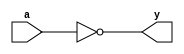
module _inv(a,y); //inverter gate
  input a;
  output y;
  assign y=~a; //NOT operation
endmodule


module _nand2(a,b,y); //2-to-1 NAND gate
  input a,b;
  output y;
  assign y=~(a&b); //NAND operation
endmodule


module _and2(a,b,y); //2-to-1 AND gate
  input a,b;
  output y;
  assign y=a&b; //AND operation
endmodule


module _or2(a,b,y); //2-to-1 OR gate
  input a,b;
  output y;
  assign y=a|b; //OR operation
endmodule


module _xor2(a,b,y); //2-to-1 XOR gate
  input a,b;
  output y;
  wire inv_a, inv_b;
  wire w0, w1;
  
  _inv U0_inv(.a(a), .y(inv_a)); //inverter module instance
  _inv U1_inv(.a(b), .y(inv_b));
  
  _and2 U2_and(.a(inv_a), .b(b), .y(w0)); //AND module instance
  _and2 U3_and(.a(a), .b(inv_b), .y(w1));
  
  _or2 U4_or(.a(w0), .b(w1), .y(y)); //OR module instance
endmodule


module _and3(a,b,c,y); //3-to-1 AND gate
  input a,b,c;
  output y;
  assign y=a&b&c; //AND operation
endmodule


module _and4(a,b,c,d,y); //4-to-1 AND gate
  input a,b,c,d;
  output y;
  assign y=a&b&c&d; //AND operation
endmodule


module _and5(a,b,c,d,e,y); //5-to-1 AND gate
  input a,b,c,d,e;
  output y;
  assign y=a&b&c&d&e; //AND operation
endmodule


module _or3(a,b,c,y); //3-to-1 OR gate
  input a,b,c;
  output y;
  assign y=a|b|c; //OR operation
endmodule


module _or4(a,b,c,d,y); //4-to-1 OR gate
  input a,b,c,d;
  output y;
  assign y=a|b|c|d; //OR operation
endmodule


module _or5(a,b,c,d,e,y); //5-to-1 OR gate
  input a,b,c,d,e;
  output y;
  assign y=a|b|c|d|e; //OR operation
endmodule


module _inv_4bits(a,y); //4 bits inverter
  input [3:0] a;
  output [3:0] y;
  assign y=~a; 
endmodule


module _and2_4bits(a,b,y); //4 bits 2-to-1 and gate
  input [3:0] a,b;
  output [3:0] y; 
  assign y=a&b; 
endmodule


module _or2_4bits(a,b,y); //4 bits 2-to-1 or gate
  input [3:0] a,b; 
  output [3:0] y; 
  assign y=a|b;
endmodule


module _xor2_4bits(a,b,y); //4 bits 2-to-1 exclusive or gate
  input [3:0] a,b; 
  output [3:0] y;
  _xor2 U0_xor2(.a(a[0]), .b(b[0]), .y(y[0])); 
  _xor2 U1_xor2(.a(a[1]), .b(b[1]), .y(y[1])); 
  _xor2 U2_xor2(.a(a[2]), .b(b[2]), .y(y[2])); 
  _xor2 U3_xor2(.a(a[3]), .b(b[3]), .y(y[3])); 
endmodule


module _xnor2_4bits(a,b,y); //4 bits 2-to-1 exclusive nor gate
  input [3:0] a,b; 
  output [3:0] y;
  wire [3:0] w0;
  _xor2_4bits U0_xor2_4bits(.a(a), .b(b), .y(w0)); 
  _inv_4bits  U1_inv_4bits(.a(w0), .y(y)); 
endmodule